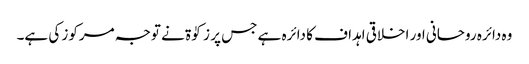
وہ دائرہ روحانی اور اخلاقی اہداف کا دائرہ ہے جس پر زکوٰۃ نے توجہ مرکوز کی ہے۔